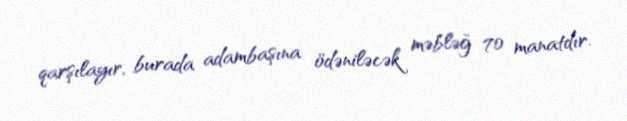
qarşılayır, burada adambaşına ödəniləcək məbləğ 70 manatdır.